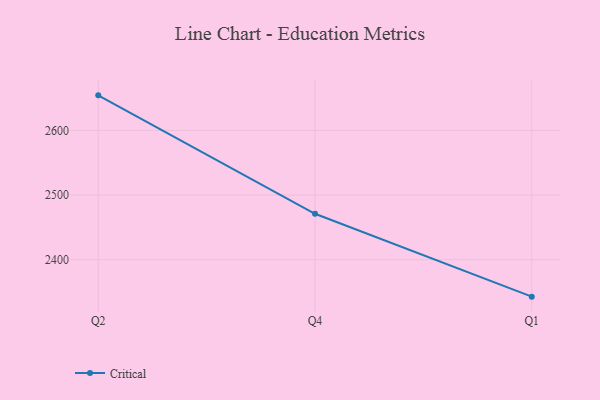
{"axis": {"x": "Quarter", "y": "Backlog"}, "legend": ["Critical"], "data": [{"x": "Q2", "y": 2654.2, "type": "Critical"}, {"x": "Q4", "y": 2471.0, "type": "Critical"}, {"x": "Q1", "y": 2342.8, "type": "Critical"}]}